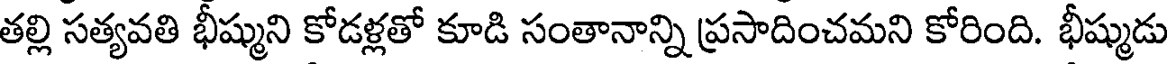
తల్లి సత్యవతి భీష్ముని కోడళ్లతో కూడి సంతానాన్ని ప్రసాదించమని కోరింది. భీష్ముడు